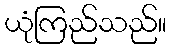
ယုံကြည်သည်။